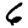
Digit: 6